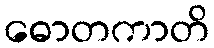
ဓောတကာတိ